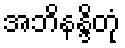
အဘိနန္ဒိတုံ